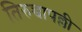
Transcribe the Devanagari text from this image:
तिरुच्चापल्ली